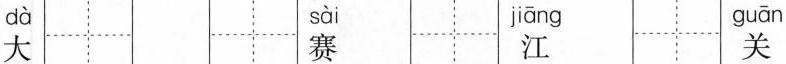
dà sài jāng guān